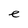
Character: e